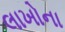
લાખોના